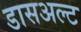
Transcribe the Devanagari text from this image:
डासअल्ट